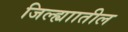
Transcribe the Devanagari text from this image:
जिल्ह्याातील